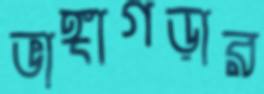
ভাঙ্গাগড়ার